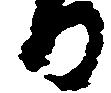
る